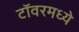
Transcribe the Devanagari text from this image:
टॉवरमध्ये